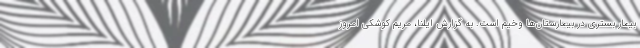
بیمار بستری در بیمارستان‌ها وخیم است. به گزارش ایلنا، مریم کوشکی امروز